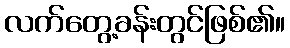
လက်တွေ့ခန်းတွင်ဖြစ်၏။